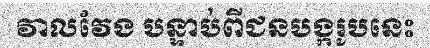
វាលវែង បន្ទាប់ពីជនបង្ករូបនេះ